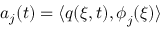
a _ { j } ( t ) = \langle \boldsymbol { q } ( \xi , t ) , \boldsymbol { \phi } _ { j } ( \xi ) \rangle